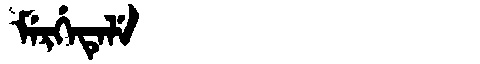
Manchu: ᠮᡝᡵᡤᡝᡨᡝᠯᡝ
Romanization: MERGETELE